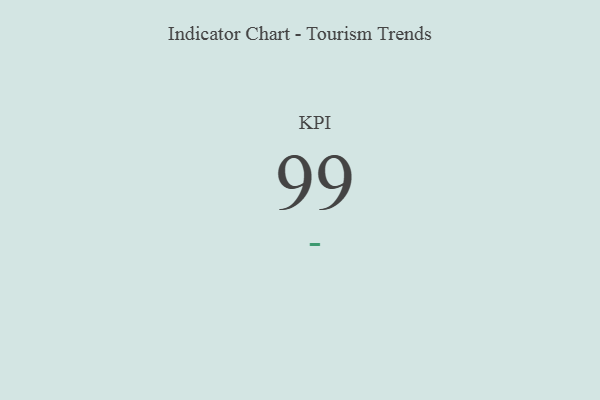
{"axis": {"x": "KPI", "y": "Value"}, "legend": [""], "data": [{"x": "KPI", "y": 99, "type": ""}]}